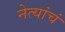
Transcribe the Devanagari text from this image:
नेत्यांचं